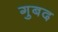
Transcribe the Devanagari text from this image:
गुबद